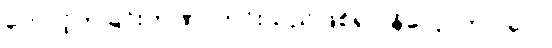
တောင့်တခြင်းတဏှာကင်းသည်ဖြစ်၍။ နိလ္လောဘပါပေါ၊